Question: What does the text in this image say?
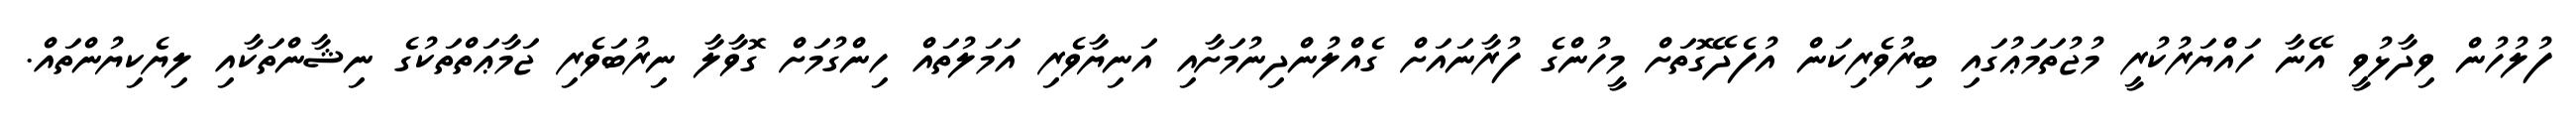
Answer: ފުލުހުން ވިދާޅުވީ އޭނާ ހައްޔަރުކުރީ މުޖުތަމަޢުގައި ބިރުވެރިކަން އުފެދޭގޮތަށް މީހުންގެ ފުރާނައަށް ގެއްލުންދިނުމަށާއި އަނިޔާވެރި އަމަލުތައް ހިންގުމަށް ގޮވާލާ ނިރުބަވެރި ޖަމާޢަތްތަކުގެ ނިޝާންތަކާއި ލިޔެކިޔުންތައް.